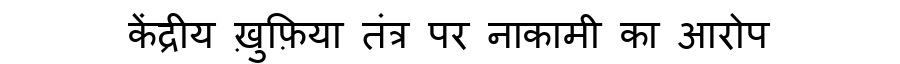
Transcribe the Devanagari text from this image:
केंद्रीय ख़ुफ़िया तंत्र पर नाकामी का आरोप